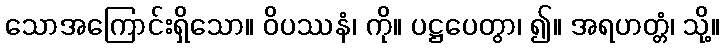
သောအကြောင်းရှိသော။ ဝိပဿနံ၊ ကို။ ပဋ္ဌပေတွာ၊ ၍။ အရဟတ္တံ၊ သို့။